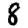
Digit: 8